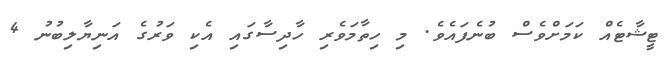
ޓީޝާޓެއް ކަމަށްވެސް ބުނެފައެވެ. މި ހިތާމަވެރި ހާދިސާގައި އެކި ވަރުގެ އަނިޔާލިބުނު 4